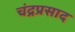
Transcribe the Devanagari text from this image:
चंद्रप्रसाद